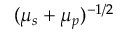
( \mu _ { s } + \mu _ { p } ) ^ { - 1 / 2 }